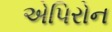
એપિરોન